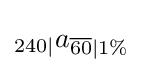
_{240|}a_{{\overline {60}}|1\%}